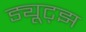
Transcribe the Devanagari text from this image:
ड्यूट्झ